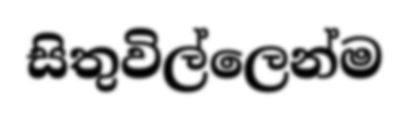
සිතුවිල්ලෙන්ම